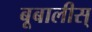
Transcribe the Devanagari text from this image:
बूबालीस्